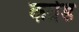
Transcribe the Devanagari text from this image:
कग्रेड